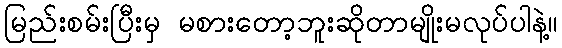
မြည်းစမ်းပြီးမှ မစားတော့ဘူးဆိုတာမျိုးမလုပ်ပါနဲ့။